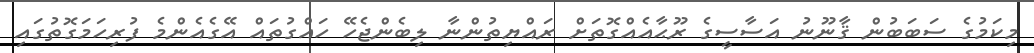
މިކަމުގެ ސަބަބުން ޤާނޫނު އަސާސީގެ ރޫޙާއެއްގޮތަށް ރައްޔިތުންނާ ލިބެންޖެހޭ ހައްގުތައް އޭގެއެންމެ ފުރިހަމަގޮތުގައި